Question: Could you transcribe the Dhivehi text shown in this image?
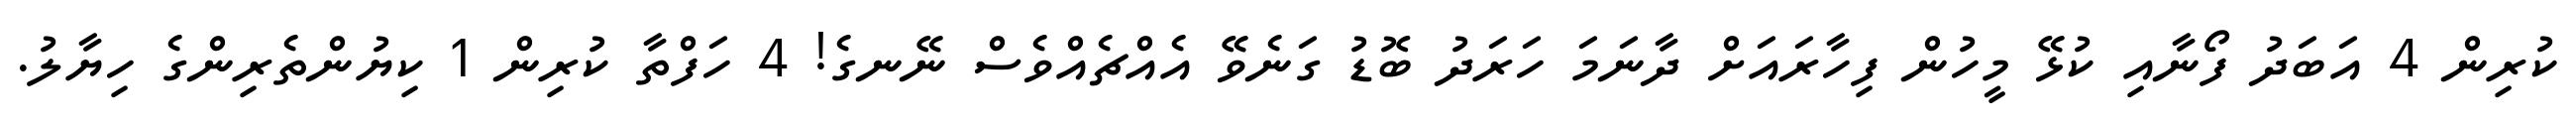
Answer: ކުރިން 4 އަބަދު ފޯނާއި ކުޅޭ މީހުން ފިހާރައަށް ދާނަމަ ހަރަދު ބޮޑު ގަނެވޭ އެއްޗެއްވެސް ނޭނގެ! 4 ހަފްތާ ކުރިން 1 ކިޔުންތެރިންގެ ހިޔާލު.